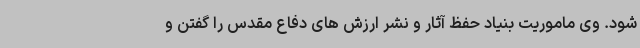
شود. وی ماموریت بنیاد حفظ آثار و نشر ارزش های دفاع مقدس را گفتن و